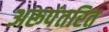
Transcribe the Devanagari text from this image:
अरूपंतरित